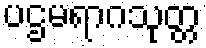
ပဌမရာဂသုတ္တ